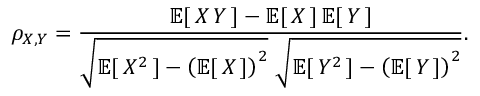
\rho _ { X , Y } = { \frac { \operatorname { \mathbb { E } } [ \, X \, Y \, ] - \operatorname { \mathbb { E } } [ \, X \, ] \operatorname { \mathbb { E } } [ \, Y \, ] } { { \sqrt { \operatorname { \mathbb { E } } [ \, X ^ { 2 } \, ] - \left( \operatorname { \mathbb { E } } [ \, X \, ] \right) ^ { 2 } } } ~ { \sqrt { \operatorname { \mathbb { E } } [ \, Y ^ { 2 } \, ] - \left( \operatorname { \mathbb { E } } [ \, Y \, ] \right) ^ { 2 } } } } } .